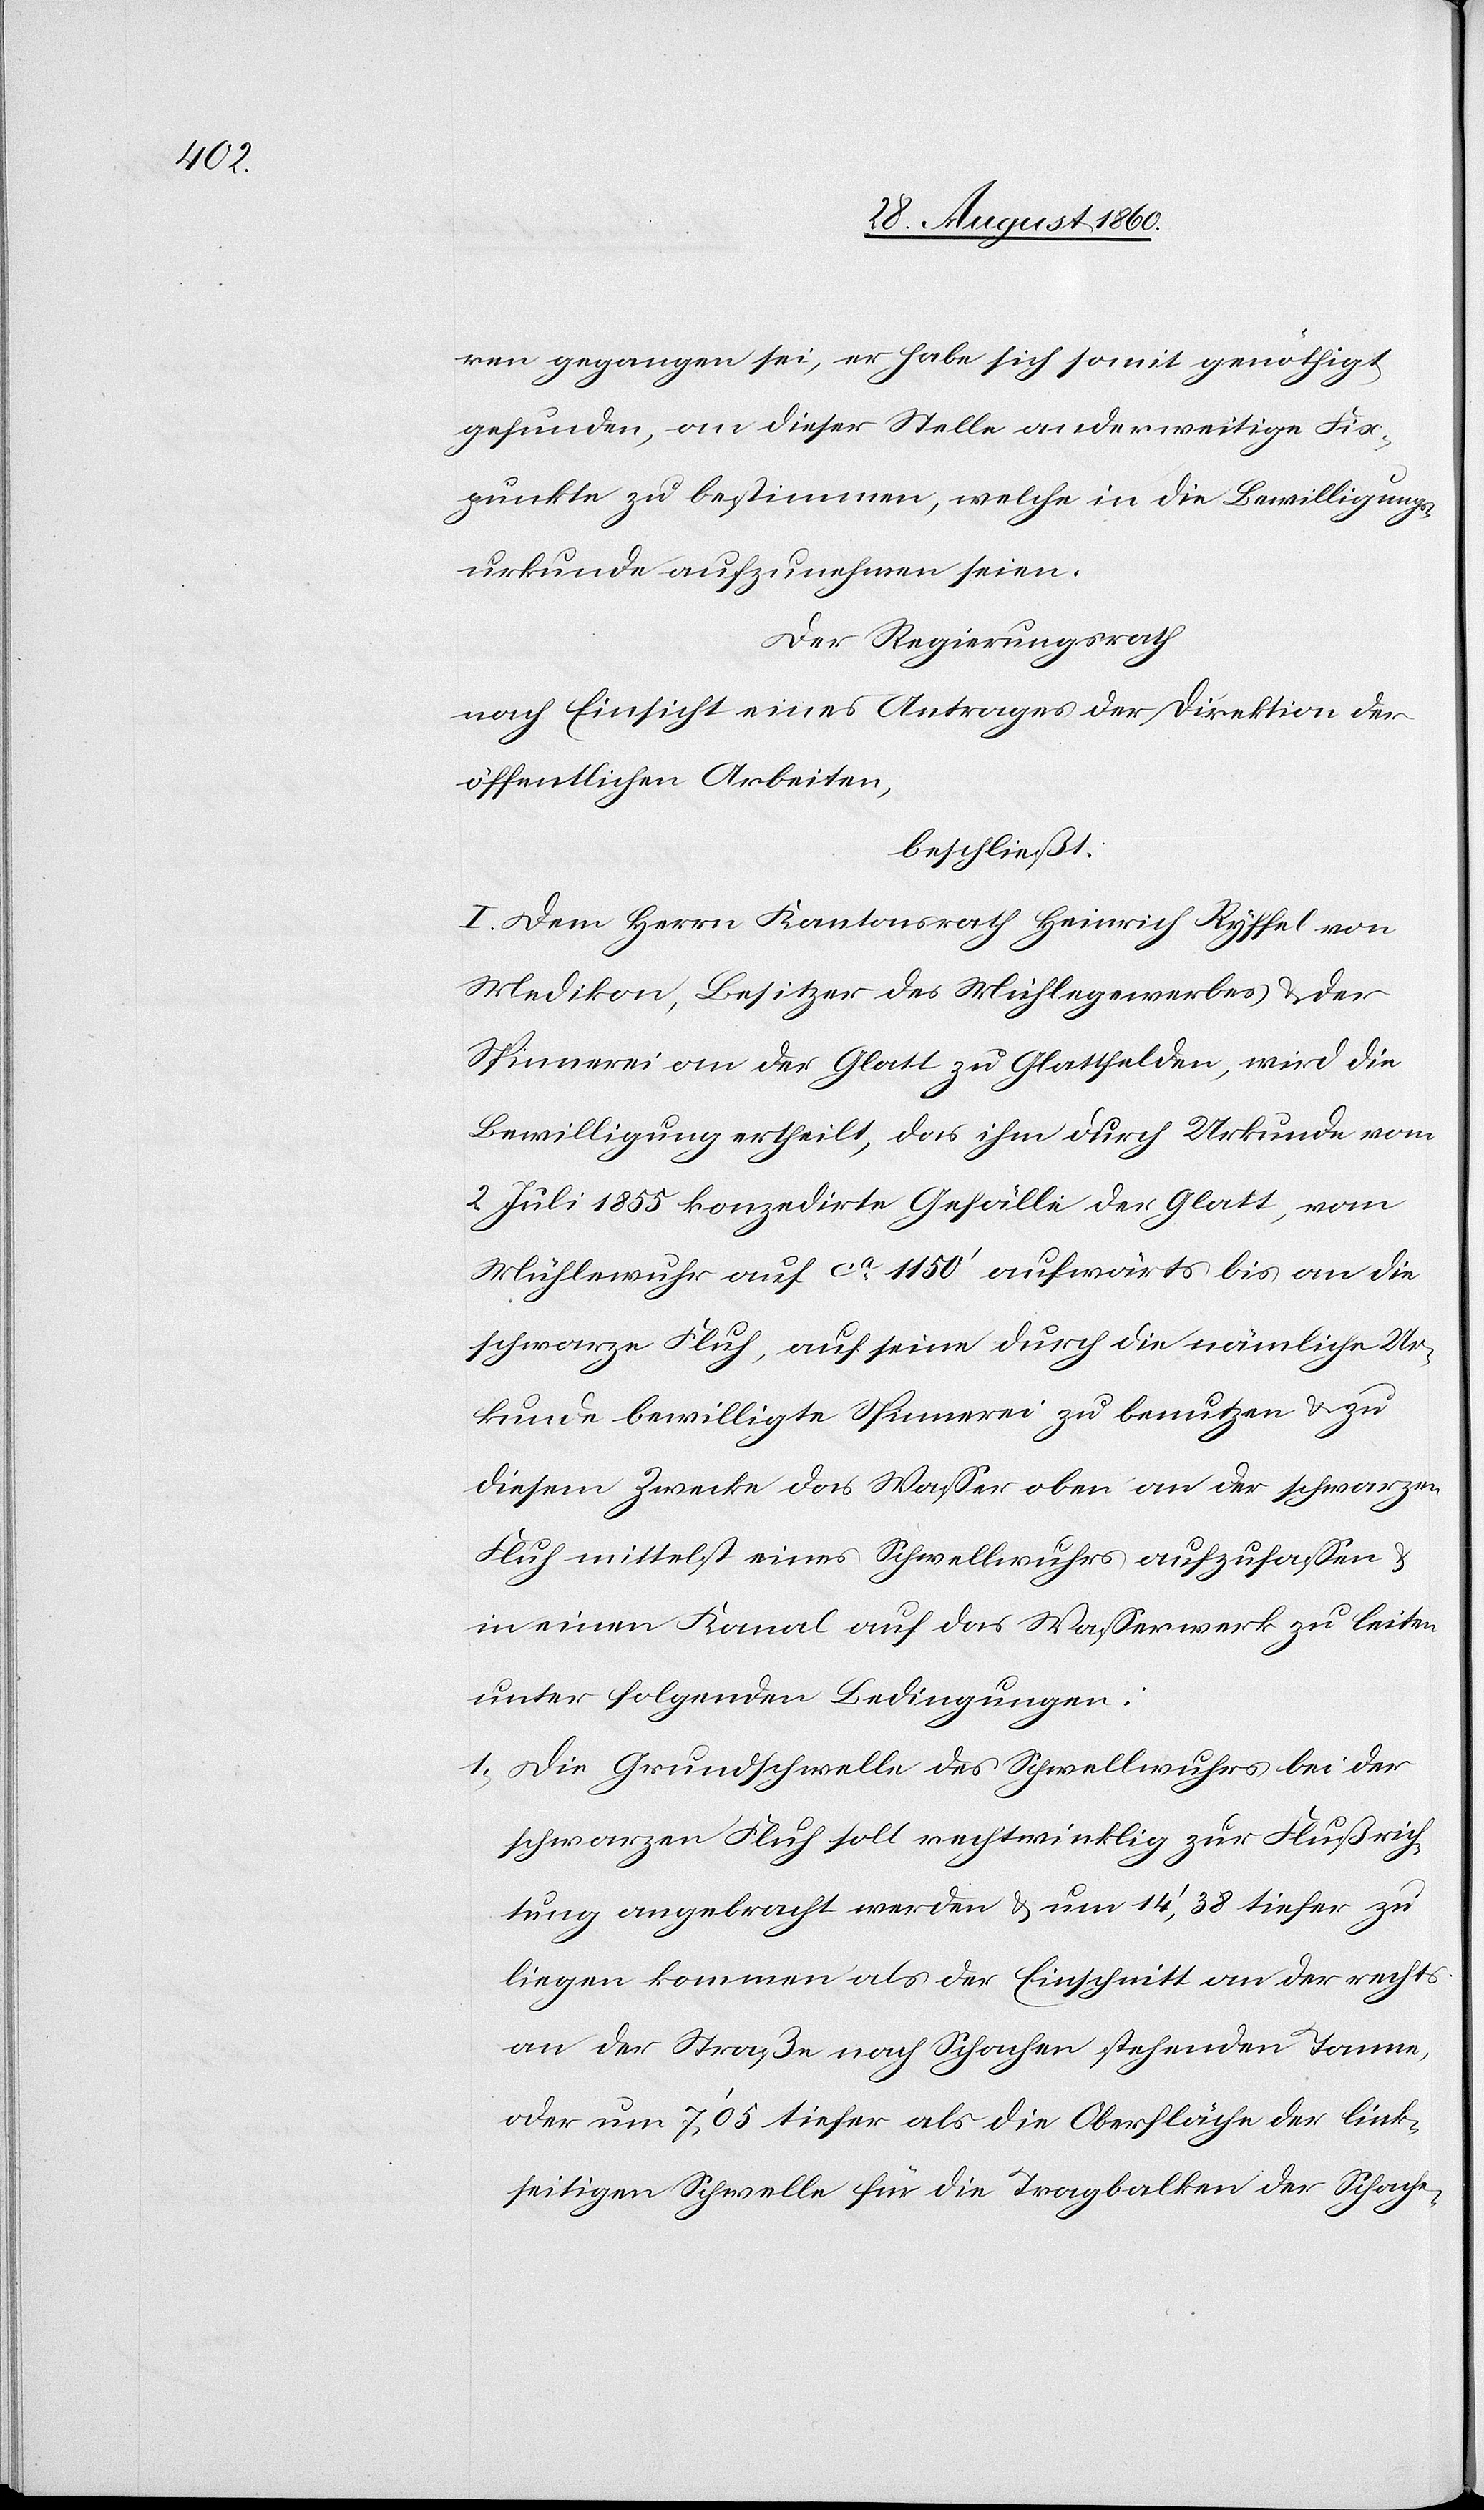
verlo¬

ren gegangen sei, er habe sich somit genöthigt
gefunden an dieser Stelle anderweitige Fix¬
punkte zu bestimmen, welche in die Bewilligungs¬
urkunde aufzunehmen seien.
Der Regierungsrath,
nach Einsicht eines Antrages der Direktion der
öffentlichen Arbeiten,
beschliesst:
I. Dem Hrn. Kantonsrath Heinrich Ryffel von
Medikon, Besitzer des Mühlegewerbes u. der
Spinnerei an der Glatt zu Glattfelden, wird die
Bewilligung ertheilt, das ihm durch Urkunde vom
2. Juli 1855 konzedirte Gefälle der Glatt, vom
Mühlewuhr auf ca 1150’ aufwärts bis an die
schwarze Fluh, auf seine durch die nämliche Ur¬
kunde bewilligte Spinnerei zu benutzen u. zu
diesem Zwecke das Wasser oben an der schwarzen
Fluh mittelst eines Schwellenwuhrs aufzufassen u.
in einem Kanal auf das Wasserwerk zu leiten,
unter folgenden Bedingungen.
1) Die Grundschwelle des Schwellwuhrs bei der
schwarzen Fluh soll rechtwinklig zur Flussrich¬
tung angebracht werden u. um 14’,38 tiefer zu
liegen kommen als der Einschnitt an der rechts
an der Strasse nach Schachen stehenden Tanne,
oder um 7’,05 tiefer als die Oberfläche der link¬
seitigen Schwelle für die Tragbalken der Schache-